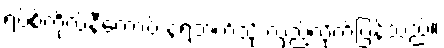
ရပ်စ်ကိုလ်နီကော့ဗ် နံရံဘက်သို့ လှည့်လိုက်ပြန်သည်။